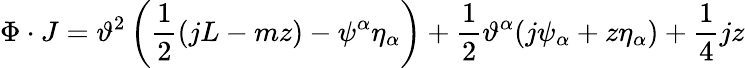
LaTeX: \Phi\cdot J=\vartheta^{2}\left(\frac{1}{2}(jL-mz)-\psi^{\alpha}\eta_{\alpha}\right)+\frac{1}{2}\vartheta^{\alpha}(j\psi_{\alpha}+z\eta_{\alpha})+\frac{1}{4}jz